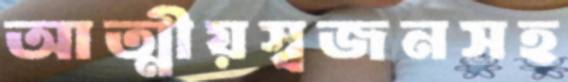
আত্মীয়স্বজনসহ